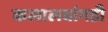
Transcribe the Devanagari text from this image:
कलालबांगडी